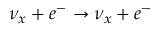
\nu _ { x } + e ^ { - } \to \nu _ { x } + e ^ { - }